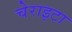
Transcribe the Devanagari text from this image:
चेराइटा